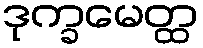
ဒုက္ခမေတ္ထ